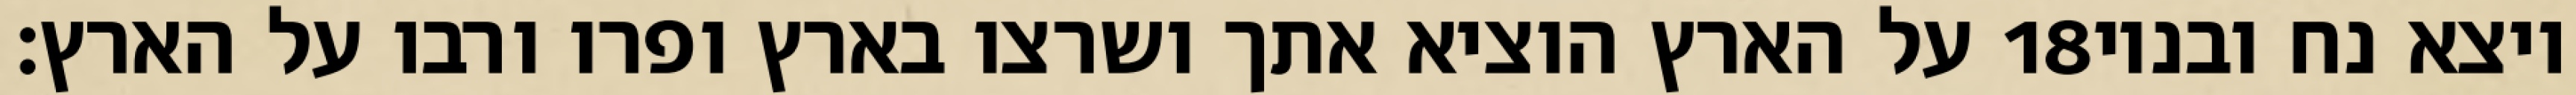
על הארץ הוציא אתך ושרצו בארץ ופרו ורבו על הארץ׃ ‎18‏ ויצא נח ובניו